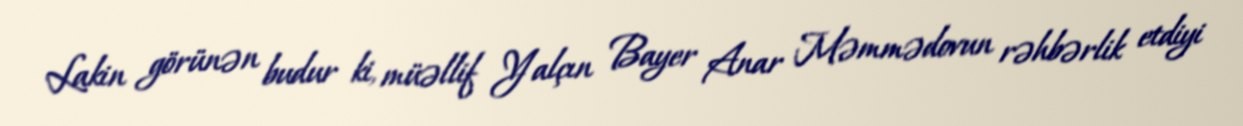
Lakin görünən budur ki, müəllif Yalçın Bayer Anar Məmmədovun rəhbərlik etdiyi